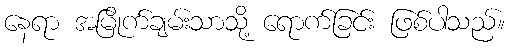
နေရာ အမြိုက်ချမ်းသာသို့ ရောက်ခြင်း ဖြစ်ပါသည်။